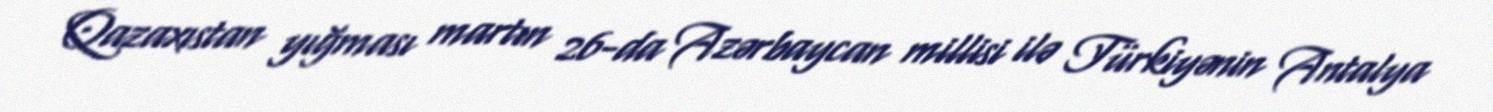
Qazaxıstan yığması martın 26-da Azərbaycan millisi ilə Türkiyənin Antalya